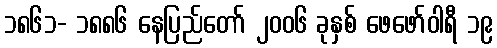
၁၈၆၁- ၁၈၈၆ နေပြည်တော် ၂၀၀၆ ခုနှစ် ဖေဖော်ဝါရီ ၁၉